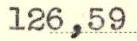
126,59